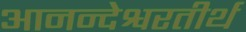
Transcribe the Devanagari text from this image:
आनन्देश्वरतीर्थ